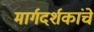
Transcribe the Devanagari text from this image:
मार्गदर्शकांचे